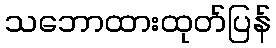
သဘောထားထုတ်ပြန်